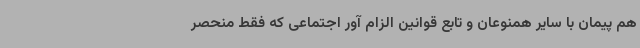
هم پیمان با سایر همنوعان و تابع قوانین الزام آور اجتماعی که فقط منحصر